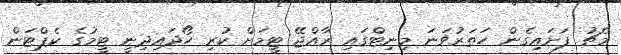
މެޗު ފަށައިގެން ހަތަރުވަނަ މިނިޓްގައި ރާއްޖޭ ޓީމަށް ކުރި ހޯދައިދިނީ ޓީމުގެ ކެޕްޓަން